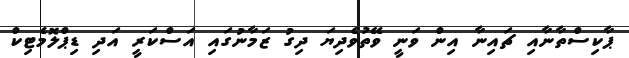
ޕާކިސްތާނާއި ޗައިނާ އިން ވަނީ ވޭތުވެދިޔަ ދިގު ޒަމާނުގައި އަސްކަރީ އަދި ޑިޕްލޮމެޓިކް